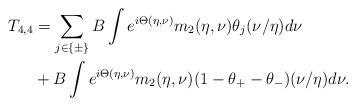
LaTeX: \begin{align*}T_{4,4} &= \sum_{j\in\{\pm\}}B\int e^{i\Theta(\eta,\nu)}m_2(\eta,\nu)\theta_j(\nu/\eta)d\nu \\&+ B\int e^{i\Theta(\eta,\nu)}m_2(\eta,\nu)(1-\theta_+-\theta_-)(\nu/\eta)d\nu.\end{align*}